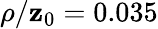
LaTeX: \rho/\mathbf{z}_{0}=0.035